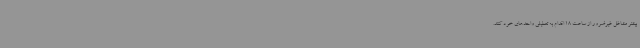
بیشتر مشاغل غیرضرور از ساعت 18 اقدام به تعطیلی واحدهای خود کنند.